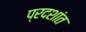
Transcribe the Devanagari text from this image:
प्रदशांत